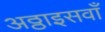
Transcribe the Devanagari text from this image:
अठ्ठाइसवाँ